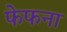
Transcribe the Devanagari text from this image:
फेफना